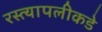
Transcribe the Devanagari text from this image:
रस्त्यापलीकडे